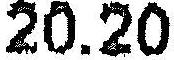
20.20